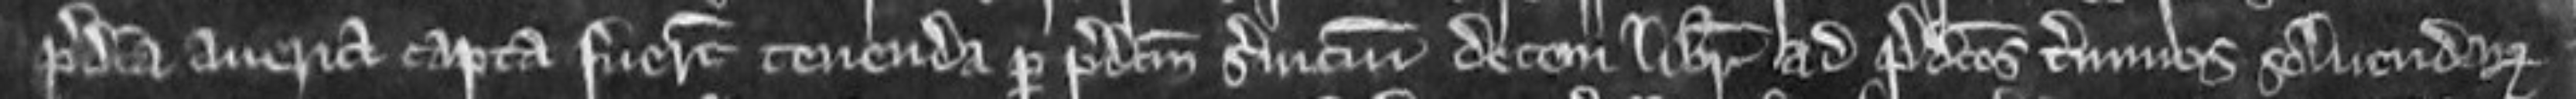
predicta averia capta fuerunt tenenda per predictum servicium decem librarum ad predictos terminos solvendarum